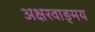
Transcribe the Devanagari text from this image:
अक्षरवाङ्मय